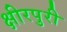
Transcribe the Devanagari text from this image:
क्षीरपुरी